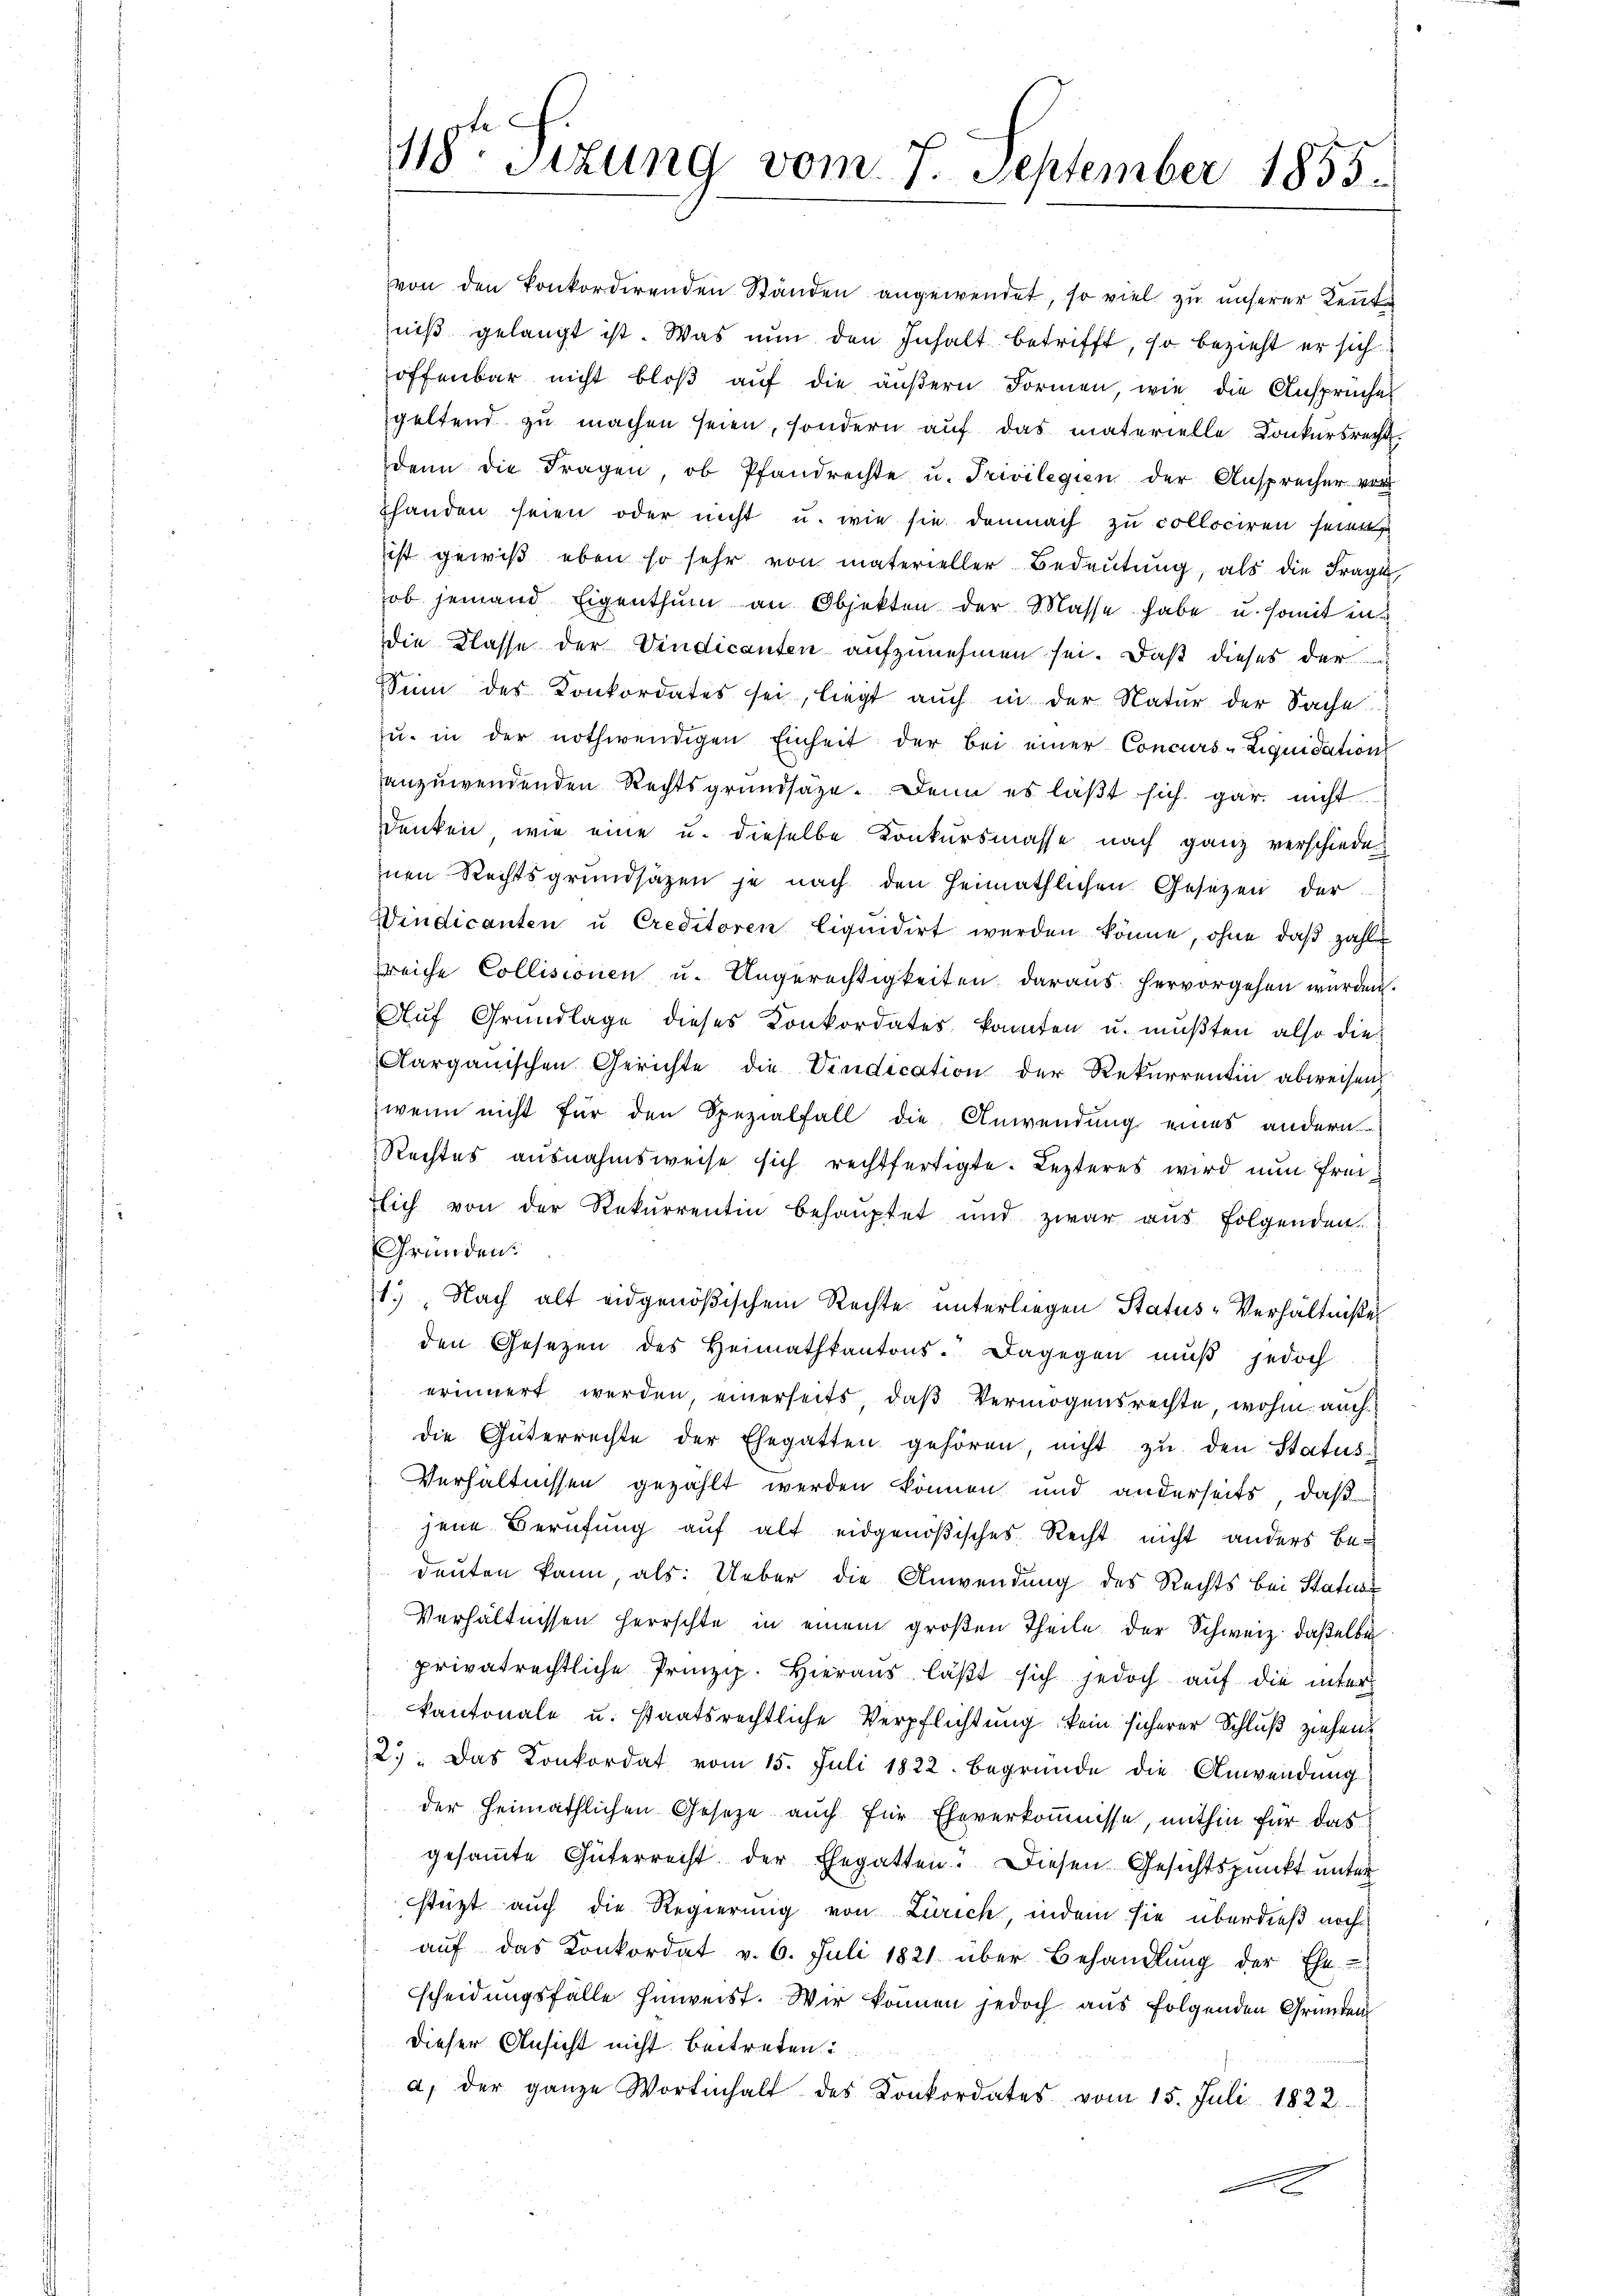
118ten Sizung vom 7. September 1855.

von den konkordirenden Ständen angewendet, so viel zu unserer Kennte
niβ gelangt ist. Was nun den Inhalt betrifft, so bezieht er sich
offenbar nicht bloß auf die äußern Formen, wie die Ansprüche
geltend zu machen seien, sondern auf das materielle Konkursrecht.
denn die Fragen, ob Pfandrechte u. Trivilegien der Ansprecher vor
shanden seien oder nicht u. wie sie demnach zu collociren sein
ist gewiß eben so sehr von materieller Bedeutung, als die Frage,
ob jemand Eigenthŭm an Objekten der Masse habe u. somit in
die Classe der Vindicanten aufzunehmen sei. Daß dieses der
Sin des Konkordates sei, liegt auch in der Natur der Sache
ŭ. in der nothwendigen Einheit der bei einer Concurs-Liquidation
anzuwendenden Rechtsgrundsäze. Denn es läßt sich gar nicht
denken, wie eine u. dieselbe Konkursmasse nach ganz verschiede
nen Rechtsgrundsätzen je nach den Heimathlichen Gesetzen der
Windicanten u. Creditoren liquidirt werden könne, ohne daβ zahlr
reiche Collisionen u. Ungerechtigkeiten daraus hervorgehen würden.
Auf Grundlage dieses Konkordates konnten u. mußten also die
Aargauischen Gerichte die Vindication der Rekurrentin abweisen
wenn nicht für den Spezialfall die Anwendung eines andern
Rechtes ausnahmsweise sich rechtfertigte. Lezteres wird nun freisich von der Rekurrentin behaŭptet und zwar aŭs folgenden.
Gründen.
1) Nach alt eidgenößischem Rechtes unterliegen Status-Verhältniße
den Gesetzen des Heimathkantons. Dagegen muß jedoch
erinnert werden einerseits, daß Vermögensrechte, wohin auch
die Güterrechte der Ehegatten gehören, nicht zŭ den Status
Verhältnissen gezählt werden können und anderseits, daß
jene Berufung auf alt eidgenößisches Recht nicht anders be-
deuten kann, als: Ueber die Anwendung des Rechts bei Statur
Verhältnissen herrschte in einem großen Theile der Schweiz daßelbe
privatrechtliche Prinzip. Hieraus läßt sich jedoch auf die inter
kantonale u. staatsrechtliche Verpflichtung kein sicherer Schluß ziehend
2): Das Konkordat vom 15. Juli 1822. Begründe die Anwendung
der Heimathlichen Gesetze auch für Eheverkommnisse, mithin für das
gesammte Güterrecht der Ehegatten. Diesen Gesichtspunkt unter
stüzt auch die Regierung von Zürich, indem sie überdieß noch
aŭf das Konkordat v. 6. Juli 1821 über Behandlŭng der Ehe-
scheidungsfälle hinweist. Wir können jedoch aus folgenden Gründen
dieser Ansicht nicht beitreten
a. der ganze Wortinhalt des Konkordates vom 15. Juli 1822.